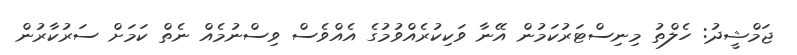
ޖަމްޝީދު: ހެލްތު މިނިސްޓަރުކަމުން އޭނާ ވަކިކުރެއްވުމުގެ އެއްވެސް ވިސްނުމެއް ނެތް ކަމަށް ސަރުކާރުން